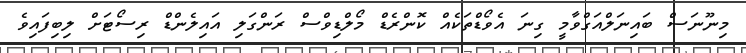
މިނޫނަސް ބައިނަލްއަގްވާމީ ގިނަ އެވޯޑްތަކެއް ކޮންރެޑް މޯލްޑިވްސް ރަންގަލި އައިލެންޑް ރިސޯޓަށް ލިބިފައިވެ